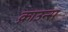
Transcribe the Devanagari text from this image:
क्राउन्स